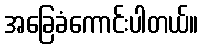
အခြေခံကောင်းပါတယ်။